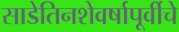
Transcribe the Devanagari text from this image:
साडेतिनशेवर्षापूर्वीचे